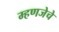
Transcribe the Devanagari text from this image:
म्हणजेचे